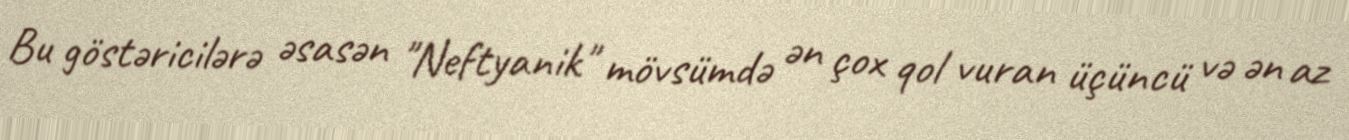
Bu göstəricilərə əsasən "Neftyanik" mövsümdə ən çox qol vuran üçüncü və ən az